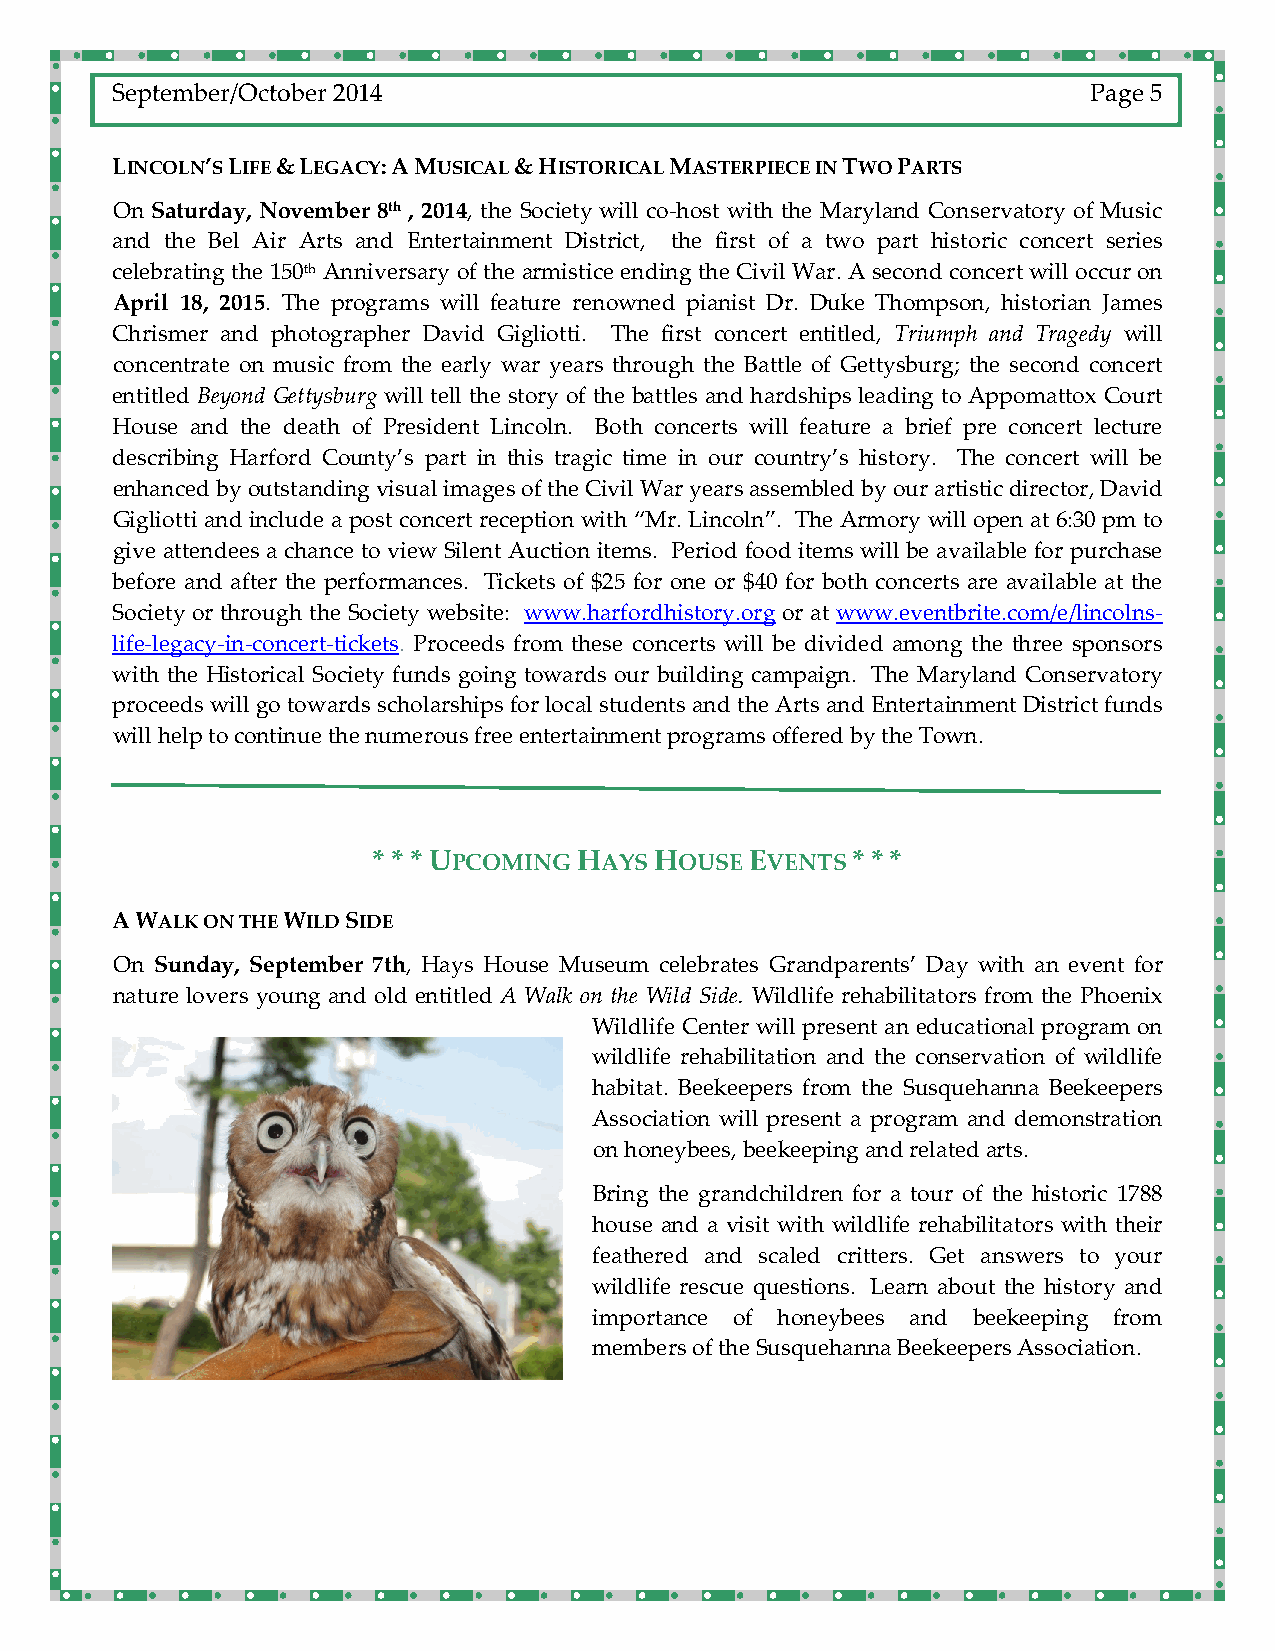
September/October 2014                                           Page 5
 LINCOLN’S LIFE & LEGACY: A MUSICAL & HISTORICAL MASTERPIECE IN TWO PARTS
 On Saturday, November 8th , 2014, the Society will co‐host with the Maryland Conservatory of Music
 and the Bel Air Arts and Entertainment District, the first of a two part historic concert series
 celebrating the 150th Anniversary of the armistice ending the Civil War. A second concert will occur on
 April 18, 2015. The programs will feature renowned pianist Dr. Duke Thompson, historian James
 Chrismer and photographer David Gigliotti. The first concert entitled, Triumph and Tragedy will
 concentrate on music from the early war years through the Battle of Gettysburg; the second concert
 entitled Beyond Gettysburg will tell the story of the battles and hardships leading to Appomattox Court
 House and the death of President Lincoln. Both concerts will feature a brief pre concert lecture
 describing Harford County’s part in this tragic time in our country’s history. The concert will be
 enhanced by outstanding visual images of the Civil War years assembled by our artistic director, David
 Gigliotti and include a post concert reception with “Mr. Lincoln”. The Armory will open at 6:30 pm to
 give attendees a chance to view Silent Auction items. Period food items will be available for purchase
 before and after the performances. Tickets of $25 for one or $40 for both concerts are available at the
 Society or through the Society website: www.harfordhistory.org or at www.eventbrite.com/e/lincolns‐
 life‐legacy‐in‐concert‐tickets. Proceeds from these concerts will be divided among the three sponsors
 with the Historical Society funds going towards our building campaign. The Maryland Conservatory
 proceeds will go towards scholarships for local students and the Arts and Entertainment District funds
 will help to continue the numerous free entertainment programs offered by the Town.
 * * * UPCOMING HAYS HOUSE EVENTS * * *
 A WALK ON THE WILD SIDE
 On Sunday, September 7th, Hays House Museum celebrates Grandparents’ Day with an event for
 nature lovers young and old entitled A Walk on the Wild Side. Wildlife rehabilitators from the Phoenix
 Wildlife Center will present an educational program on
 wildlife rehabilitation and the conservation of wildlife
 habitat. Beekeepers from the Susquehanna Beekeepers
 Association will present a program and demonstration
 on honeybees, beekeeping and related arts.
 Bring the grandchildren for a tour of the historic 1788
 house and a visit with wildlife rehabilitators with their
 feathered and scaled critters. Get answers to your
 wildlife rescue questions. Learn about the history and
 importance of honeybees and beekeeping from
 members of the Susquehanna Beekeepers Association.